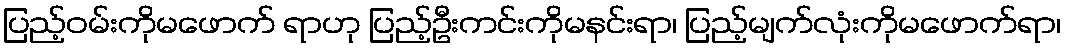
ပြည့်ဝမ်းကိုမဖောက် ရာဟု ပြည့်ဦးကင်းကိုမနင်းရာ၊ ပြည့်မျက်လုံးကိုမဖောက်ရာ၊